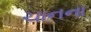
ચાનના